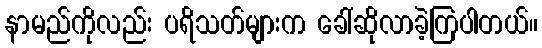
နာမည်ကိုလည်း ပရိသတ်များက ခေါ်ဆိုလာခဲ့ကြပါတယ်။